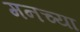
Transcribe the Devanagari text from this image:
मनच्या